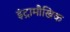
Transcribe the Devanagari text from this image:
इंट्रामौखिक